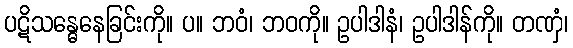
ပဋိသန္ဓေနေခြင်းကို။ ပ။ ဘဝံ၊ ဘဝကို။ ဥပါဒါနံ၊ ဥပါဒါန်ကို။ တဏှံ၊